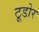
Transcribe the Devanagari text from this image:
टूडोर